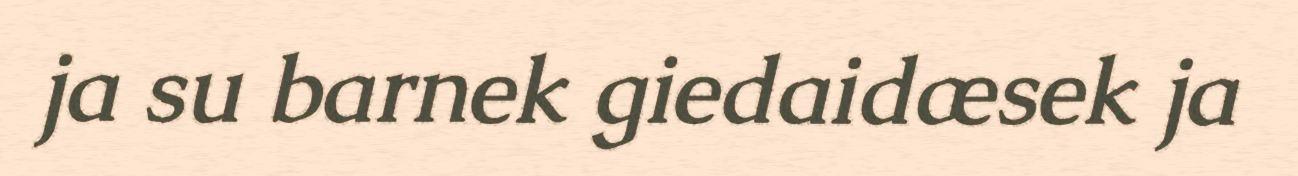
ja su barnek giedaidæsek ja